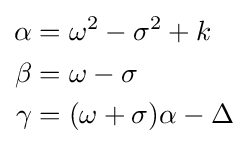
{\begin{aligned}\alpha &=\omega ^{2}-\sigma ^{2}+k\\\beta &=\omega -\sigma \\\gamma &=(\omega +\sigma )\alpha -\Delta \end{aligned}}